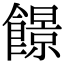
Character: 䭘